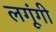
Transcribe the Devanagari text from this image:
लगूंगी